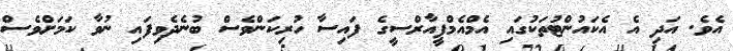
އެވެ. އަދި އެ އެކައުންޓުތަކުގައި އެމްއެމްޕީއާރްސީގެ ފައިސާ ހުރިކަންވެސް ބުނެދެވިފައި ނުވާ ކަމަށްވެސް